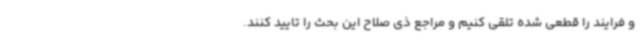
و فرایند را قطعی شده تلقی کنیم و مراجع ذی صلاح این بحث را تایید کنند.